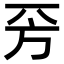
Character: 𣃙